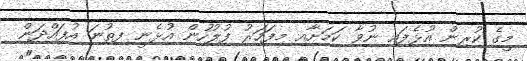
މީގެ ކުރިން އުޅެފައި ނުވާ ކަމަށާއި މިފަހަރު ފުލުހުން އުޅެނީ ފިތުނަ އުފައްދަން